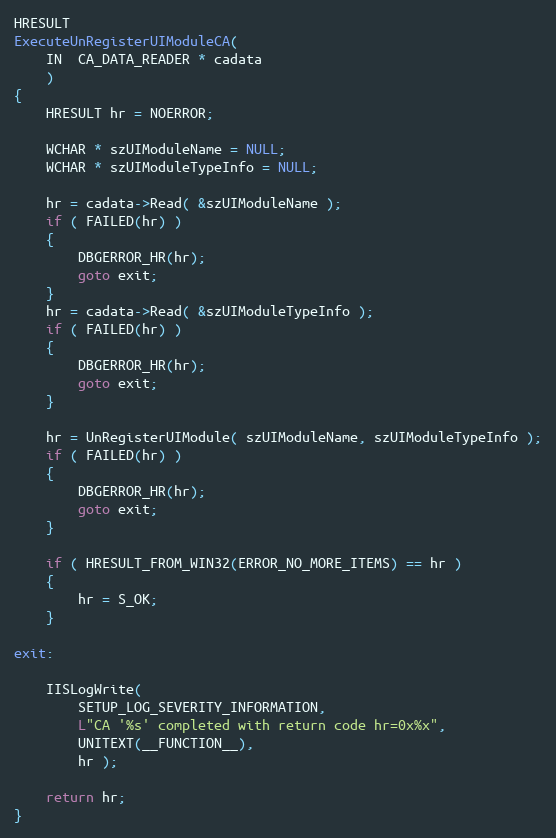
Language: C++
HRESULT
ExecuteUnRegisterUIModuleCA(
    IN  CA_DATA_READER * cadata
    )
{
    HRESULT hr = NOERROR;

    WCHAR * szUIModuleName = NULL;
    WCHAR * szUIModuleTypeInfo = NULL;

    hr = cadata->Read( &szUIModuleName );
    if ( FAILED(hr) )
    {
        DBGERROR_HR(hr);
        goto exit;
    }
    hr = cadata->Read( &szUIModuleTypeInfo );
    if ( FAILED(hr) )
    {
        DBGERROR_HR(hr);
        goto exit;
    }

    hr = UnRegisterUIModule( szUIModuleName, szUIModuleTypeInfo );
    if ( FAILED(hr) )
    {
        DBGERROR_HR(hr);
        goto exit;
    }

    if ( HRESULT_FROM_WIN32(ERROR_NO_MORE_ITEMS) == hr )
    {
        hr = S_OK;
    }

exit:

    IISLogWrite(
        SETUP_LOG_SEVERITY_INFORMATION,
        L"CA '%s' completed with return code hr=0x%x",
        UNITEXT(__FUNCTION__),
        hr );

    return hr;
}